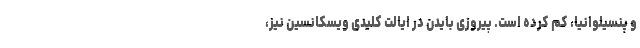
و پنسیلوانیا، کم کرده است. پیروزی بایدن در ایالت کلیدی ویسکانسین نیز،